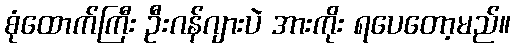
စုံထောက်ကြီး ဦးဂန်ဂျားပဲ အားကိုး ရပေတော့မည်။